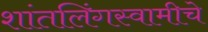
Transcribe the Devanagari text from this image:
शांतलिंगस्वामीचे